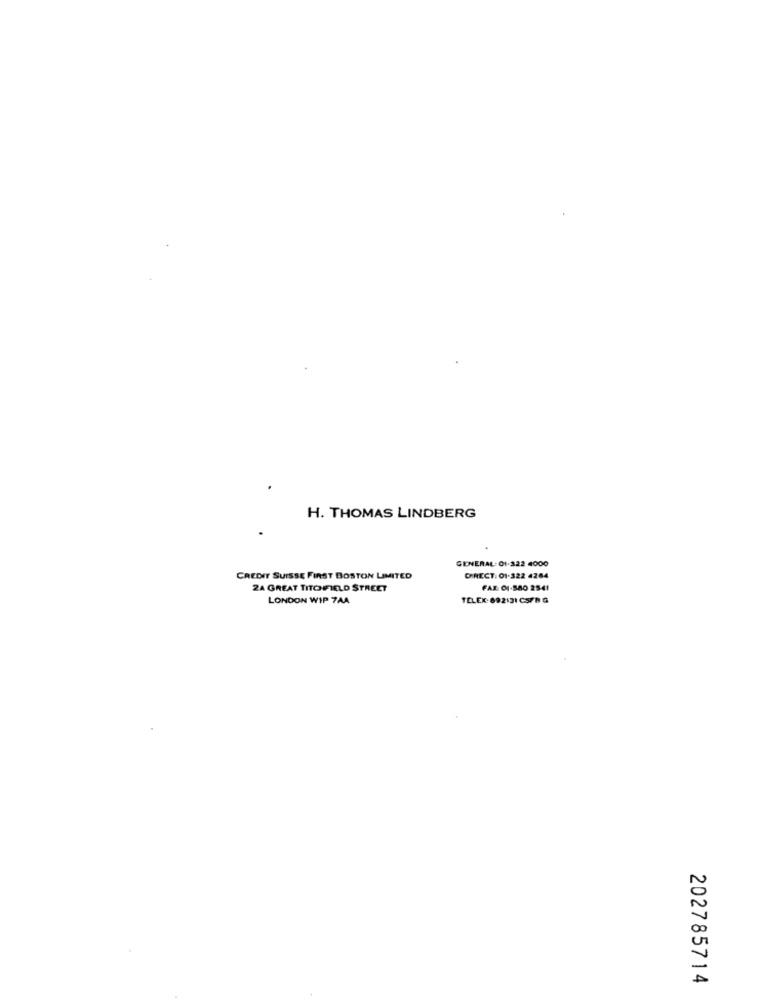
H. THOMAS LINDBERG
GENERAL- 01-322 4000
CREDIT SUISSE FIRST BOSTON LIMITED
DIRECT: 01-322 4264
2A GREAT TITO FIELD STREET
FAR CI-580 2541
LONDON WIP 7A4
TELEX: 892131 CSFB G
202785714